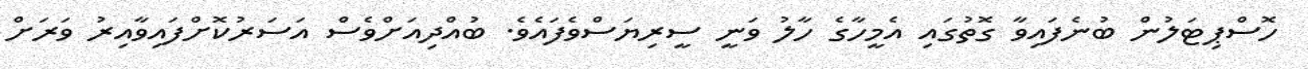
ހޮސްޕިޓަލުން ބުނެފައިވާ ގޮތުގައި އެމީހާގެ ހާލު ވަނީ ސީރިޔަސްވެފައެވެ. ބުއްދިއަށްވެސް އަސަރުކޮށްފައިވާއިރު ވަރަށް